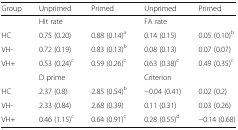
<table><thead><tr><td><b>Group</b></td><td><b>Unprimed</b></td><td><b>Primed</b></td><td><b>Unprimed</b></td><td><b>Primed</b></td></tr></thead><tbody><tr><td>[EMPTY_CELL]</td><td colspan="2">Hit rate</td><td colspan="2">FA rate</td></tr><tr><td>HC</td><td>0.75 (0.20)</td><td>0.88 (0.14)<sup>a</sup></td><td>0.14 (0.15)</td><td>0.05 (0.10)<sup>b</sup></td></tr><tr><td>VH-</td><td>0.72 (0.19)</td><td>0.83 (0.13)<sup>b</sup></td><td>0.08 (0.13)</td><td>0.07 (0.07)</td></tr><tr><td>VH+</td><td>0.53 (0.24)<sup>c</sup></td><td>0.59 (0.26)<sup>c</sup></td><td>0.63 (0.38)<sup>c</sup></td><td>0.49 (0.35)<sup>c</sup></td></tr><tr><td>[EMPTY_CELL]</td><td colspan="2">D prime</td><td colspan="2">Criterion</td></tr><tr><td>HC</td><td>2.37 (0.8)</td><td>2.85 (0.54)<sup>b</sup></td><td>−0.04 (0.41)</td><td>0.02 (0.2)</td></tr><tr><td>VH-</td><td>2.33 (0.84)</td><td>2.68 (0.39)</td><td>0.11 (0.31)</td><td>0.03 (0.26)</td></tr><tr><td>VH+</td><td>0.46 (1.15)<sup>c</sup></td><td>0.64 (0.91)<sup>c</sup></td><td>0.28 (0.55)<sup>d</sup></td><td>−0.14 (0.68)</td></tr></tbody></table>